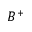
B ^ { + }